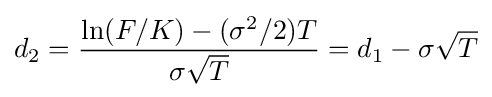
d_{2}={\frac {\ln(F/K)-(\sigma ^{2}/2)T}{\sigma {\sqrt {T}}}}=d_{1}-\sigma {\sqrt {T}}